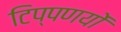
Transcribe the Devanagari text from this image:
टिप्पणयों